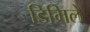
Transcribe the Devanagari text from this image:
डिमिले